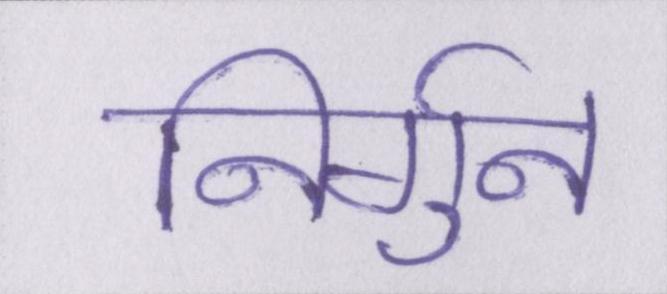
निर्गुन